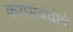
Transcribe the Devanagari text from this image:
करासंबंधीचे